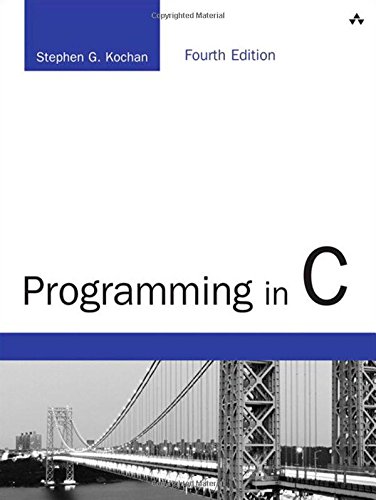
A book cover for Programming in C (4th Edition) (Developer's Library); Stephen G. Kochan; Computers & Technology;